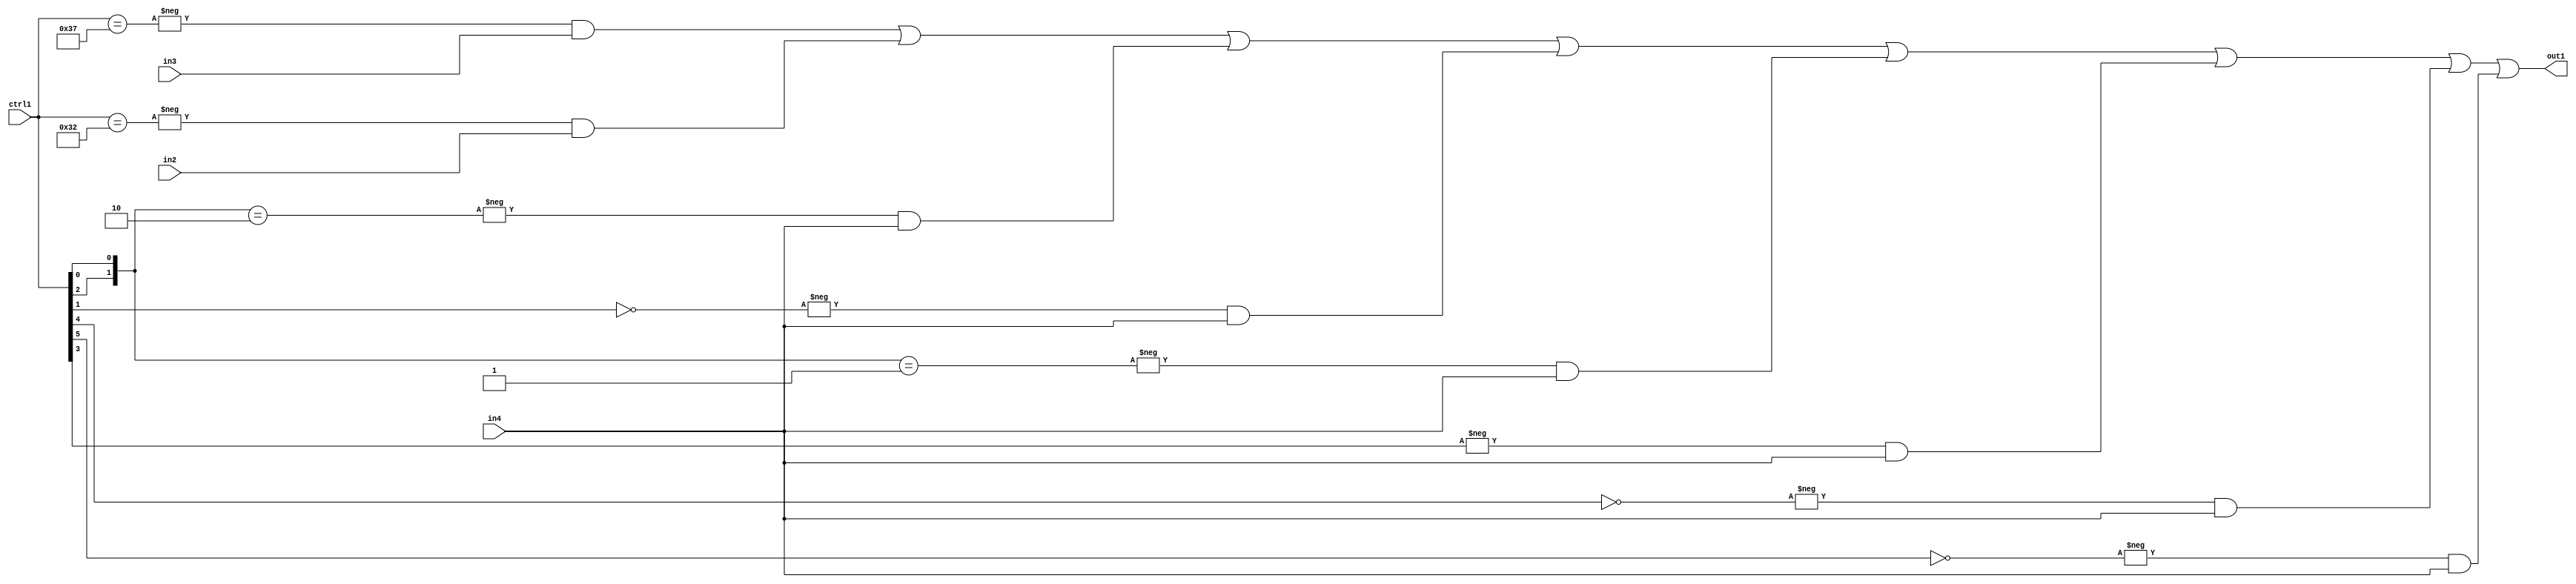
`timescale 1ps / 1ps
/*****************************************************************************
    Verilog RTL Description
    
    
    Created by: Stratus DpOpt 21.05.01 
*******************************************************************************/

module SobelFilter_N_Mux_32_3_90_4 (
	in4,
	in3,
	in2,
	ctrl1,
	out1
	); /* architecture "behavioural" */ 
input [31:0] in4;
input [8:0] in3,
	in2;
input [5:0] ctrl1;
output [31:0] out1;
wire [31:0] asc001;

assign asc001 = 
	-{ctrl1 == 6'B110111} & in3 |
	-{ctrl1 == 6'B110010} & in2 |
	-{{ctrl1[2], ctrl1[0]} == 2'B10} & in4 |
	-{ctrl1[1] == 1'B0} & in4 |
	-{{ctrl1[2], ctrl1[0]} == 2'B01} & in4 |
	-{ctrl1[3] == 1'B1} & in4 |
	-{ctrl1[4] == 1'B0} & in4 |
	-{ctrl1[5] == 1'B0} & in4 ;

assign out1 = asc001;
endmodule

/* CADENCE  vrD0Swg= : u9/ySxbfrwZIxEzHVQQV8Q== ** DO NOT EDIT THIS LINE ******/